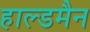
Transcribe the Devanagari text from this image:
हाल्डमैन